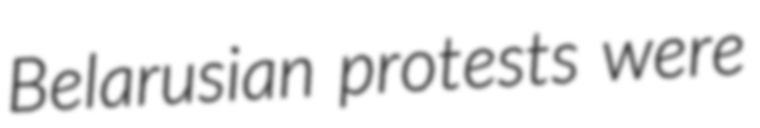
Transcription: Belarusian protests were